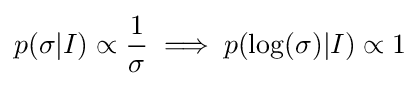
p(\sigma |I)\propto {1 \over \sigma }\implies p(\log(\sigma )|I)\propto 1